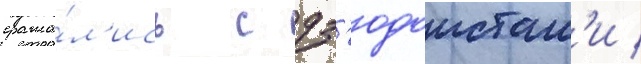
сража́л'ись с дз'юдоистам'и /